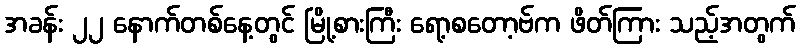
အခန်း ၂၂ နောက်တစ်နေ့တွင် မြို့စားကြီး ရော့စတော့ဗ်က ဖိတ်ကြား သည့်အတွက်